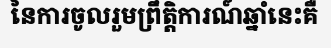
នៃការចូលរួមព្រឹត្តិការណ៍ឆ្នាំនេះគឺ